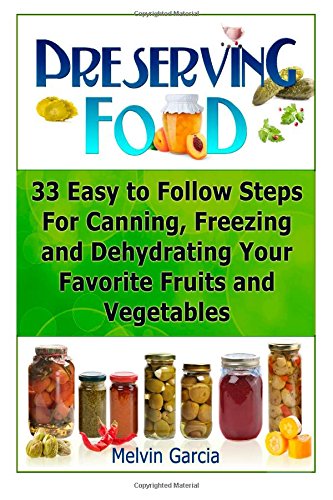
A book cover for Preserving Food: 33 Easy to Follow Steps For Canning, Freezing and Dehydrating Your Favorite Fruits and Vegetables (Preserving Food, preserving food without freezing or canning, Survival Pantry); Melvin Garcia; Cookbooks, Food & Wine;